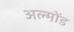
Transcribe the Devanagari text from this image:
अल्मोंड